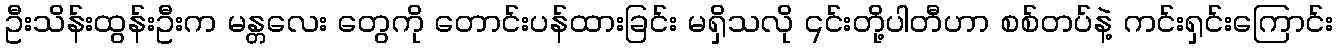
ဦးသိန်းထွန်းဦးက မန္တလေး တွေကို တောင်းပန်ထားခြင်း မရှိသလို ၎င်းတို့ပါတီဟာ စစ်တပ်နဲ့ ကင်းရှင်းကြောင်း